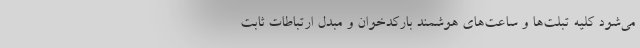
می‌شود کلیه تبلت‌ها و ساعت‌های هوشمند بارکد‌خوان و مبدل ارتباطات ثابت